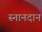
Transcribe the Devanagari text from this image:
स्नानदान